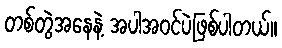
တစ်တွဲအနေနဲ့ အပါအဝင်ပဲဖြစ်ပါတယ်။